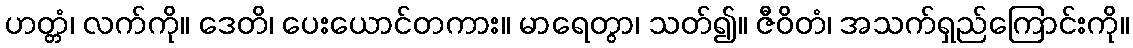
ဟတ္တံ၊ လက်ကို။ ဒေတိ၊ ပေးယောင်တကား။ မာရေတွာ၊ သတ်၍။ ဇီဝိတံ၊ အသက်ရှည်ကြောင်းကို။